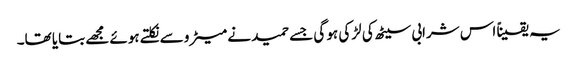
یہ یقیناً اس شرابی سیٹھ کی لڑکی ہو گی جسے حمید نے میٹرو سے نکلتے ہوئے مجھے بتایا تھا۔